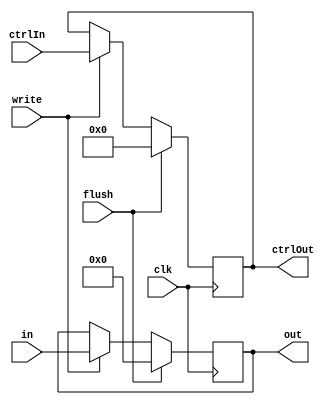
`ifndef MODULE_PIPEREG
`define MODULE_PIPEREG
`timescale 1ns / 1ps
module PipeReg(clk, flush, write, in, out, ctrlIn, ctrlOut);

    parameter size = 64;
    parameter ctrlSize = 5;
    input clk, flush, write;

    input [size - 1:0] in;
    output [size - 1:0] out;

    input [ctrlSize - 1:0] ctrlIn;
    output [ctrlSize - 1:0] ctrlOut;

    reg [size - 1:0] data;
    reg [ctrlSize - 1:0] ctrl;

    initial begin
        data <= {size{1'b0}};
        ctrl <= {ctrlSize{1'b0}};
    end

    always @(posedge clk) begin
        if (flush) begin
            data <= {size{1'b0}};
            ctrl <= {ctrlSize{1'b0}};
        end
        else if (write) begin
            data <= in;
            ctrl <= ctrlIn;
        end
    end

    assign out = data;
    assign ctrlOut = ctrl;

endmodule
`endif